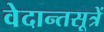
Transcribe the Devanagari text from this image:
वेदान्तसूत्रें